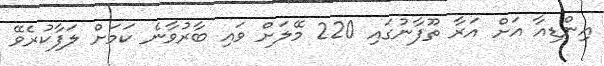
އިންޑިއާ އަށް އަރާ ތޫފާނުގައި 220 މޭލަށް ވައި ބާރުވާނެ ކަމަށް ލަފާކުރެވޭ